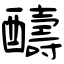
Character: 醻